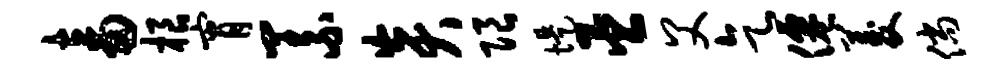
畜根宵义炎限堤臣父乞仙菱倘